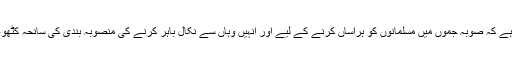
ایک خیال یہ بھی ہے کہ صوبہ جموں میں مسلمانوں کو ہراساں کرنے کے لیے اور اُنہیں وہاں سے نکال باہر کرنے کی منصوبہ بندی کی سانحہ کٹھوعہ ایک کڑی ہے۔